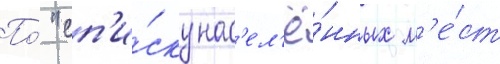
По́ "сп'и́ску нас'ел'ё́нных м'е́ст